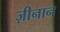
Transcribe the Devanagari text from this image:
ज़ीनान